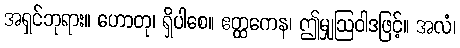
အရှင်ဘုရား။ ဟောတု၊ ရှိပါစေ။ ဧတ္ထကေန၊ ဤမျှဩဝါဒဖြင့်။ အလံ၊